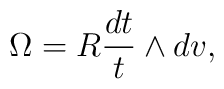
\Omega = R \frac {dt}{t} \wedge dv,